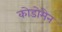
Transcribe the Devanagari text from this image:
कोडोमेन